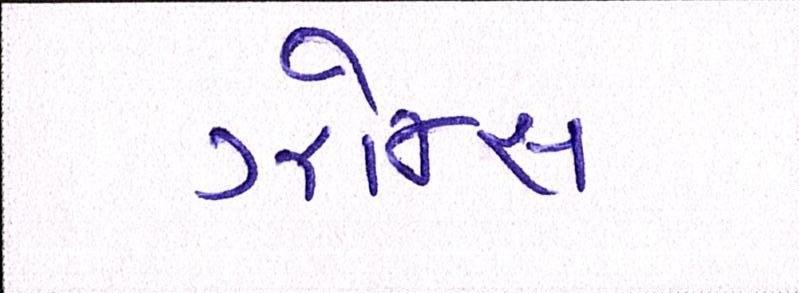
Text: ઝોન્સ